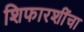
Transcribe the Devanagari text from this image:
शिफारशींचा